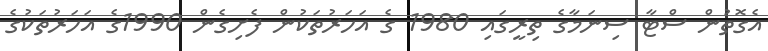
އެގޮތުން ސްޓާ ސިނަމާގެ ތިރީގައި 1980 ގެ އަހަރުތަކުން ފެށިގެން 1990ގެ އަހަރުތަކުގެ